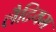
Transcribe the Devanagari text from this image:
लैटियम